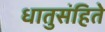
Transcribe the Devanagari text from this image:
धातुसंहिते